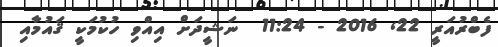
ފެބްރުއަރީ 22